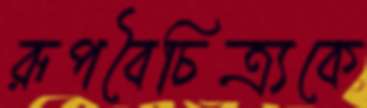
রূপবৈচিত্র্যকে